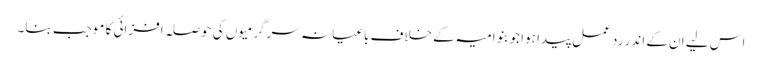
اس لیے ان کے اندر رد عمل پیدا ہوا جو بنو امیہ کے خلاف باغیانہ سرگرمیوں کی حوصلہ افزائی کا موجب بنا۔